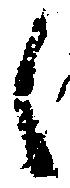
し